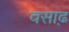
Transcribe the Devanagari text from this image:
वसाढ़